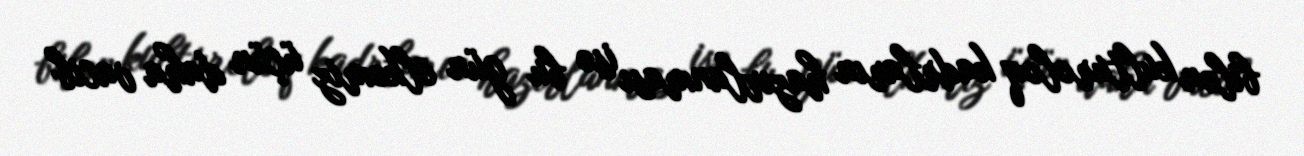
bilən kulturoloq kadrların hazırlanması isə bu gün ölkəmiz üçün daha vacib